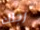
رجلك